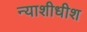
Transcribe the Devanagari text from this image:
न्‍याशीधीश